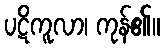
ပဋိကူလာ၊ ကုန်၏။